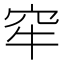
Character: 窂